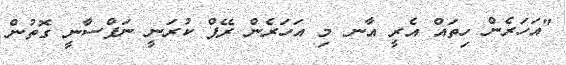
"އަހަރެން ހިތައް އެރީ އާނ މި އަހަރެން ރޭޕް ކުރަނީ ނަފްސާނީ ގޮތުން